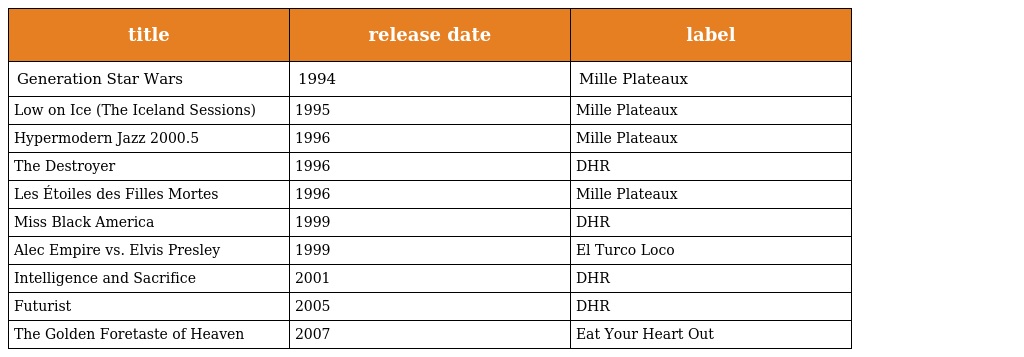
| title | release date | label |
 | --- | --- | --- |
 | Generation Star Wars | 1994 | Mille Plateaux |
 | Low on Ice (The Iceland Sessions) | 1995 | Mille Plateaux |
 | Hypermodern Jazz 2000.5 | 1996 | Mille Plateaux |
 | The Destroyer | 1996 | DHR |
 | Les Étoiles des Filles Mortes | 1996 | Mille Plateaux |
 | Miss Black America | 1999 | DHR |
 | Alec Empire vs. Elvis Presley | 1999 | El Turco Loco |
 | Intelligence and Sacrifice | 2001 | DHR |
 | Futurist | 2005 | DHR |
 | The Golden Foretaste of Heaven | 2007 | Eat Your Heart Out |